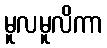
မူလမူလိကာ